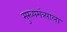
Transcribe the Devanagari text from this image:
मुख्यमंत्र्याला